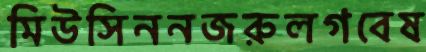
মিউসিননজরুলগবেষ